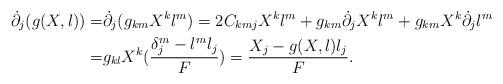
LaTeX: \begin{align*}{{\dot \partial }_j}(g(X,l)) =& {{\dot \partial }_j}({g_{km}}{X^k}{l^m})= 2{C_{kmj}}{X^k}{l^m} + {g_{km}}{{\dot \partial }_j}{X^k}{l^m} + {g_{km}}{X^k}{{\dot \partial }_j}{l^m}\\ = & {g_{kl}}{X^k}(\frac{{\delta _j^m - {l^m}{l_j}}}{F}) = \frac{{{X_j} - g(X,l){l_j}}}{F}.\end{align*}